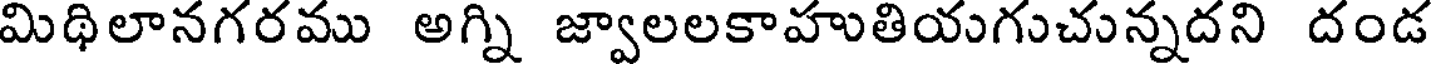
మిథిలానగరము అగ్ని జ్వాలలకాహుతియగుచున్నదని దండ